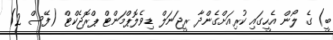
ބީ) ގެ ލޯން އެހީގައި ކުރިއަށްގެންދާ ރީޖަނަލް ޑިވެލޮޕްމަންޓް ޕްރޮޖެކްޓް (ފޭސް 2)